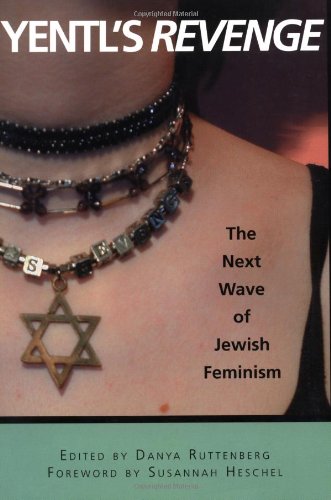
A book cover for Yentl's Revenge: The Next Wave of Jewish Feminism; Religion & Spirituality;